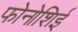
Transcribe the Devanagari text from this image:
फोनोशिई